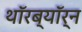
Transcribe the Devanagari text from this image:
थॉरब्यॉर्न